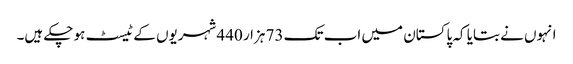
انہوں نے بتایا کہ پاکستان میں اب تک 73 ہزار 440 شہریوں کے ٹیسٹ ہو چکے ہیں۔